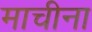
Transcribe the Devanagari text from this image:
माचीना